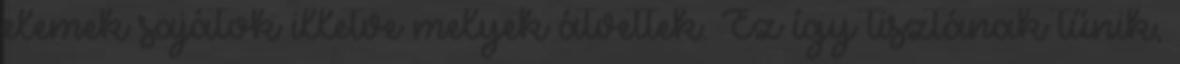
elemek sajátok illetve melyek átvettek. Ez így tisztának tűnik,